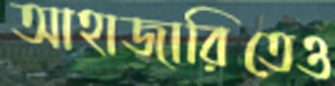
আহাজারিতেও